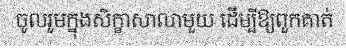
ចូលរួមក្នុងសិក្ខាសាលាមួយ ដើម្បីឱ្យពួកគាត់